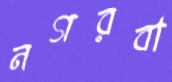
নগরবা